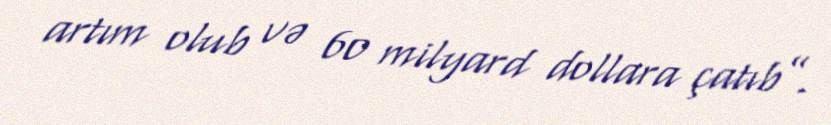
artım olub və 60 milyard dollara çatıb”.